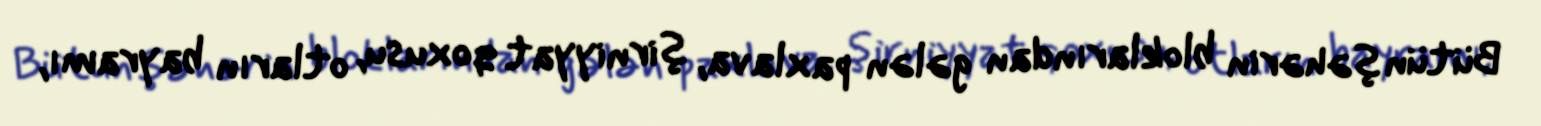
Bütün şəhərin bloklarından gələn paxlava, şirniyyat qoxusu, otların bayramı,